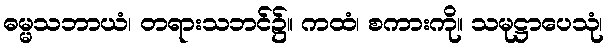
ဓမ္မသဘာယံ၊ တရားသဘင်၌။ ကထံ၊ စကားကို။ သမုဋ္ဌာပေသုံ၊